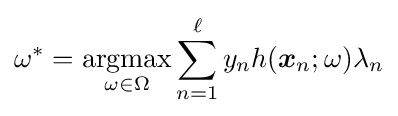
\omega ^{*}={\underset {\omega \in \Omega }{\textrm {argmax}}}\sum _{n=1}^{\ell }y_{n}h({\boldsymbol {x}}_{n};\omega )\lambda _{n}